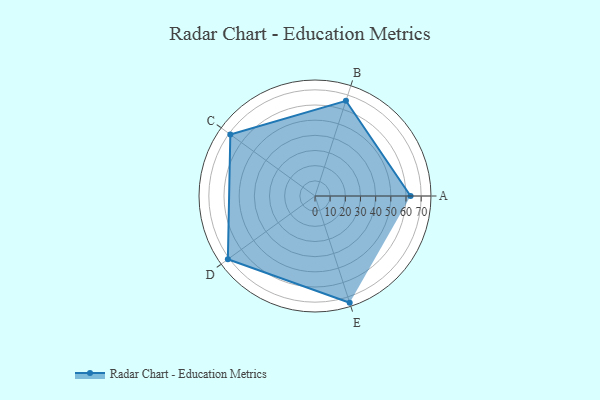
{"axis": {"x": "Skill", "y": "Score"}, "legend": ["Profile"], "data": [{"x": "A", "y": 63.0, "type": "Profile"}, {"x": "B", "y": 66.0, "type": "Profile"}, {"x": "C", "y": 69.0, "type": "Profile"}, {"x": "D", "y": 71.0, "type": "Profile"}, {"x": "E", "y": 74.0, "type": "Profile"}]}